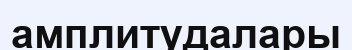
амплитудалары